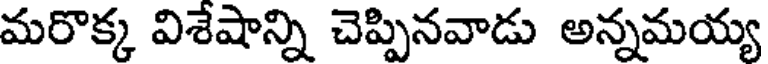
మరొక్క విశేషాన్ని చెప్పినవాడు అన్నమయ్య